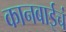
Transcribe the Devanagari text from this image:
कानबाईचं